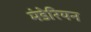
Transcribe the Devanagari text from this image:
मंडेरियन